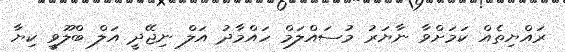
ރައްޔިތެއް ކަމަށްވާ ނާޔަރު މުސައްލަމް ހައްމާދު އަލް ނިޖޭދީ އަލް ބްލޫވީ ކިޔާ